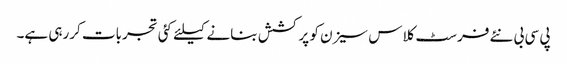
پی سی بی نئے فرسٹ کلاس سیزن کو پرکشش بنانے کیلئے کئی تجربات کررہی ہے۔